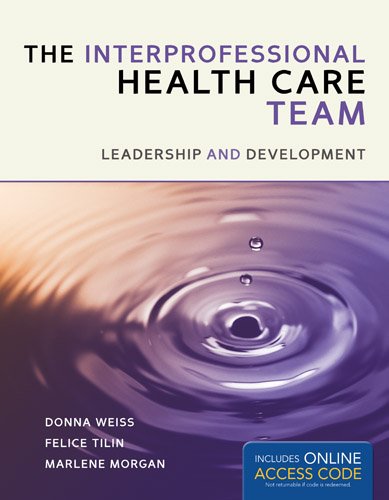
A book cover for The Interprofessional Health Care Team: Leadership and Development; Donna Weiss; Medical Books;